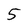
Character: 5